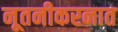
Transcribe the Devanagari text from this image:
नूतनीकरनात